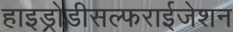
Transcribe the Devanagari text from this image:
हाइड्रोडीसल्फराईजेशन